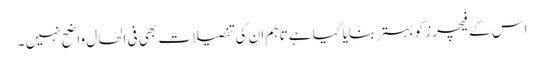
اس کے فیچرز کو بہتر بنایا گیا ہے تاہم ان کی تفصیلات بھی فی الحال واضح نہیں ۔